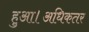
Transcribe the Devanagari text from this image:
हुआ।अधिकतर